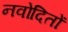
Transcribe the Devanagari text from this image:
नवोदितों